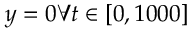
y = 0 \forall t \in [ 0 , 1 0 0 0 ]